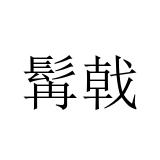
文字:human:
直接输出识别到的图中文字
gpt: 髯戟